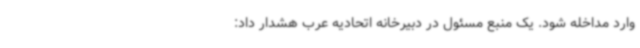
وارد مداخله شود. یک منبع مسئول در دبیرخانه اتحادیه عرب هشدار داد: